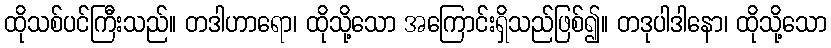
ထိုသစ်ပင်ကြီးသည်။ တဒါဟာရော၊ ထိုသို့သော အကြောင်းရှိသည်ဖြစ်၍။ တဒုပါဒါနော၊ ထိုသို့သော